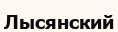
Лысянский